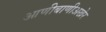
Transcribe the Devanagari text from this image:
आणीबाणीअखेर